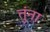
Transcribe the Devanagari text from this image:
तुंना